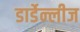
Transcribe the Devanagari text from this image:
डार्डेन्लीज